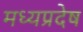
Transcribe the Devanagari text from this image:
मध्यप्रदेष